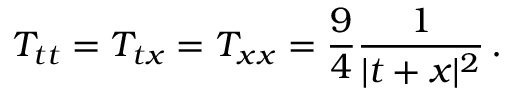
T _ { t t } = T _ { t x } = T _ { x x } = \frac { 9 } { 4 } \frac { 1 } { \vert t + x \vert ^ { 2 } } \, .